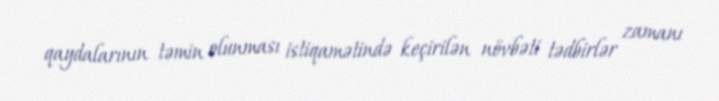
qaydalarının təmin olunması istiqamətində keçirilən növbəti tədbirlər zamanı